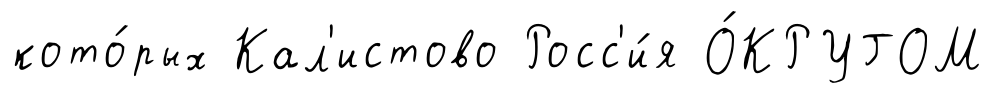
кото́рых Кал'истово Росс'и́я О́КРУГОМ